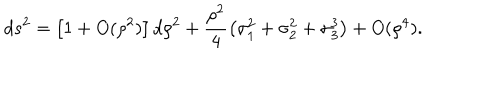
d s ^ { 2 } = \left[ 1 + O ( \rho ^ { 2 } ) \right] d \rho ^ { 2 } + \frac { \rho ^ { 2 } } { 4 } \left( \sigma _ { 1 } ^ { 2 } + \sigma _ { 2 } ^ { 2 } + \sigma _ { 3 } ^ { 3 } \right) + O ( \rho ^ { 4 } ) .